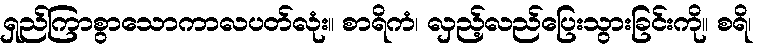
ရှည်ကြာစွာသောကာလပတ်လုံး။ စာရိကံ၊ လှည့်လည်ပြေးသွားခြင်းကို။ စရိ၊